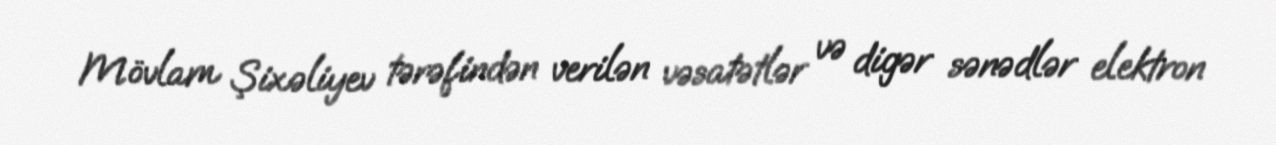
Mövlam Şixəliyev tərəfindən verilən vəsatətlər və digər sənədlər elektron